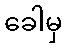
ခေါမှ